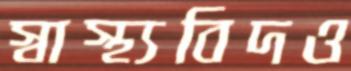
স্বাস্থ্যবিদও